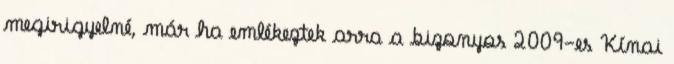
megirigyelné, már ha emlékeztek arra a bizonyos 2009-es Kínai